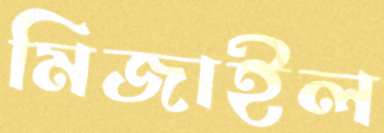
মিজাইল